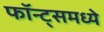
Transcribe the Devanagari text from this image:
फॉन्ट्‌समध्ये